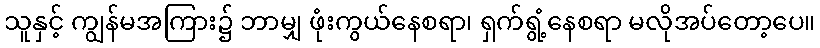
သူနှင့် ကျွန်မအကြား၌ ဘာမျှ ဖုံးကွယ်နေစရာ၊ ရှက်ရွံ့နေစရာ မလိုအပ်တော့ပေ။